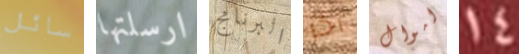
سائل ارسلتها البرنامج آخر اموال 14